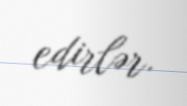
edirlər.